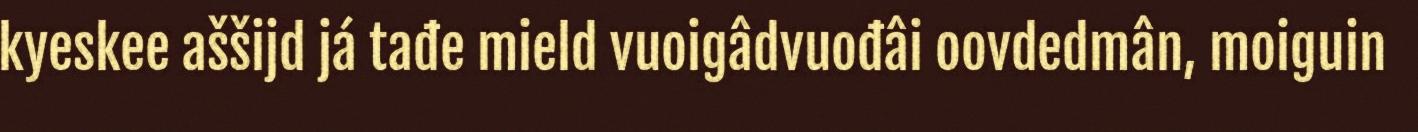
kyeskee aššijd já tađe mield vuoigâdvuođâi oovdedmân, moiguin